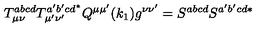
T _ { \mu \nu } ^ { a b c d } T _ { \mu ^ { \prime } \nu ^ { \prime } } ^ { a ^ { \prime } b ^ { \prime } c d ^ { * } } Q ^ { \mu \mu ^ { \prime } } ( k _ { 1 } ) g ^ { \nu \nu ^ { \prime } } = S ^ { a b c d } S ^ { a ^ { \prime } b ^ { \prime } c d * }